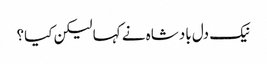
نیک دل بادشاہ نے کہا لیکن کیا؟